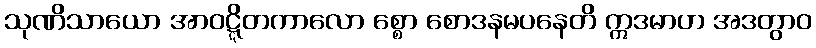
သုဏိသာယော အာဝဋ္ဋိတကာလော စ္စော စောဒနမပနေတိ ဣဒမာဟ အဒတွာဝ